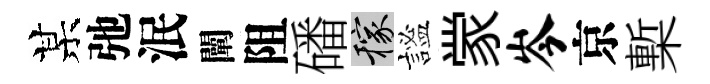
某弛泯闡阻磻稼謐䝉岑京槧